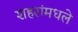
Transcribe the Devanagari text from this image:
शहरांमधले